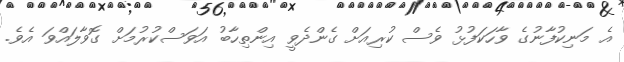
އެ މަނިކުފާނުގެ ވާހަކަފުޅު ވެސް ކުރިއަށް ގެންދެވީ އިންތިހާބު އަވަސްކުރުމަށް ގޮވާލައްވަ އެވެ.